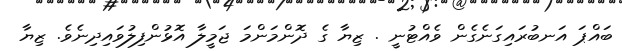
ބައްޕަ އަނބުރައިގަނެގެން ވެއްޓުނީ . ޒިޔާ ގެ ދޮންމަންމަ ޖަމީލާ އޮޅުންފިލުވައިދިނެވެ. ޒިޔާ